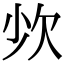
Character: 𣢒